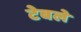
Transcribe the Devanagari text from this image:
टेबले